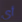
أي